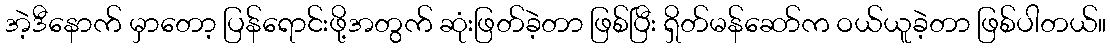
အဲ့ဒီနောက် မှာတော့ ပြန်ရောင်းဖို့အတွက် ဆုံးဖြတ်ခဲ့တာ ဖြစ်ပြီး ရှိတ်မန်ဆော်က ဝယ်ယူခဲ့တာ ဖြစ်ပါတယ်။